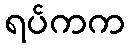
ရပ်ကက